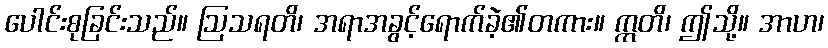
ပေါင်းစုခြင်းသည်။ ဩသရတိ၊ အရာအခွင့်ရောက်ခဲ့၏တကား။ ဣတိ၊ ဤသို့။ အာဟ၊